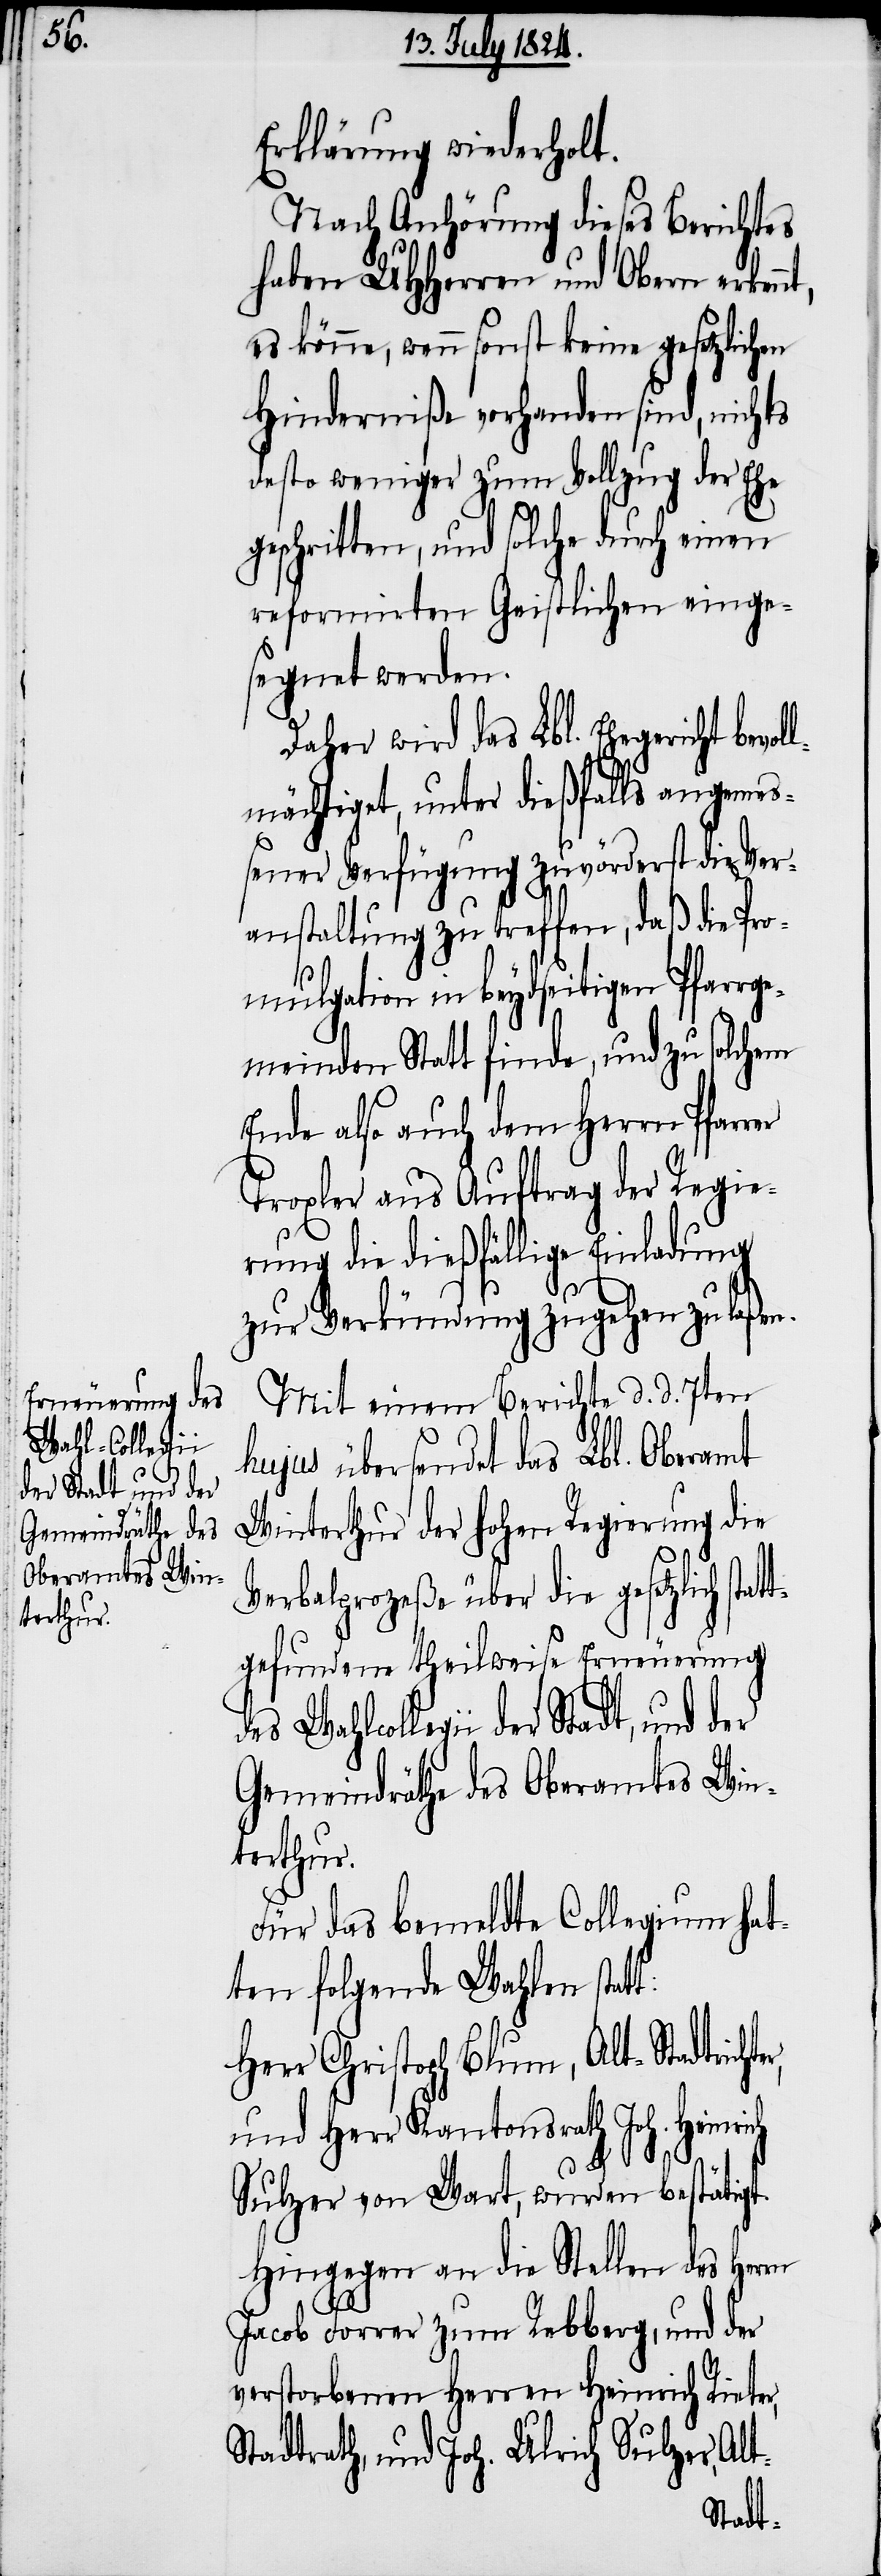
Wahlcollegii
der Stadt, und der

Erklärung wiederholt.
Nach Anhörung dieses Berichtes
haben UHHerren und Obern erken¬
es könne, wenn sonst keine gesetzlichen
Hinderniße vorhanden sind, nichts
desto weniger zum Vollzug der Ehe
geschritten, und solche durch einen
reformirten Geistlichen einge¬
segnet werden.
Daher wird das Lbl. Ehegericht bevol¬
lmächtiget, unter dießfalls angeme¬
ßener Verfügung zuvörderst die Ver¬
anstaltung zu treffen, daß die Pro¬
mulgation in beydseitigen Pfarrge¬
meinden Statt finde, und zu solchem
Ende also auch dem Herrn Pfarrer
Troxler aus Auftrag der Regie¬
rung die dießfällige Einladung
zur Verkündung zugehen zu laßen.
Mit einem Berichte d. d. 7ten
hujus übersendet das Lbl. Oberamt
Winterthur der hohen Regierung die
Verbalprozeße über die gesetzlich stat¬
tgefundene theilweise Erneuerung
Gemeindräthe des Oberamtes Win¬
terthur.
Für das bemeldte Collegium hat¬
ten folgende Wahlen stat¬
Herr Christoph Blum, Alt-Stadtricht¬
und Herr Kantonsrath Joh. Heinrich
er,
Sulzer von Wart, wurden bestätigt.
Hingegen an die Stellen des Herrn
Jacob Forrer zum Rebberg, und der
verstorbenen Herren Heinrich Rieter,
Stadtrath, und Joh. Ulrich Sulzer, Al¬
t-